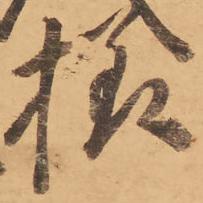
様